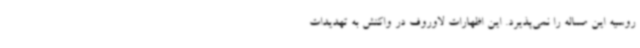
روسیه این مساله را نمی‌پذیرد. این اظهارات لاوروف در واکنش به تهدیدات